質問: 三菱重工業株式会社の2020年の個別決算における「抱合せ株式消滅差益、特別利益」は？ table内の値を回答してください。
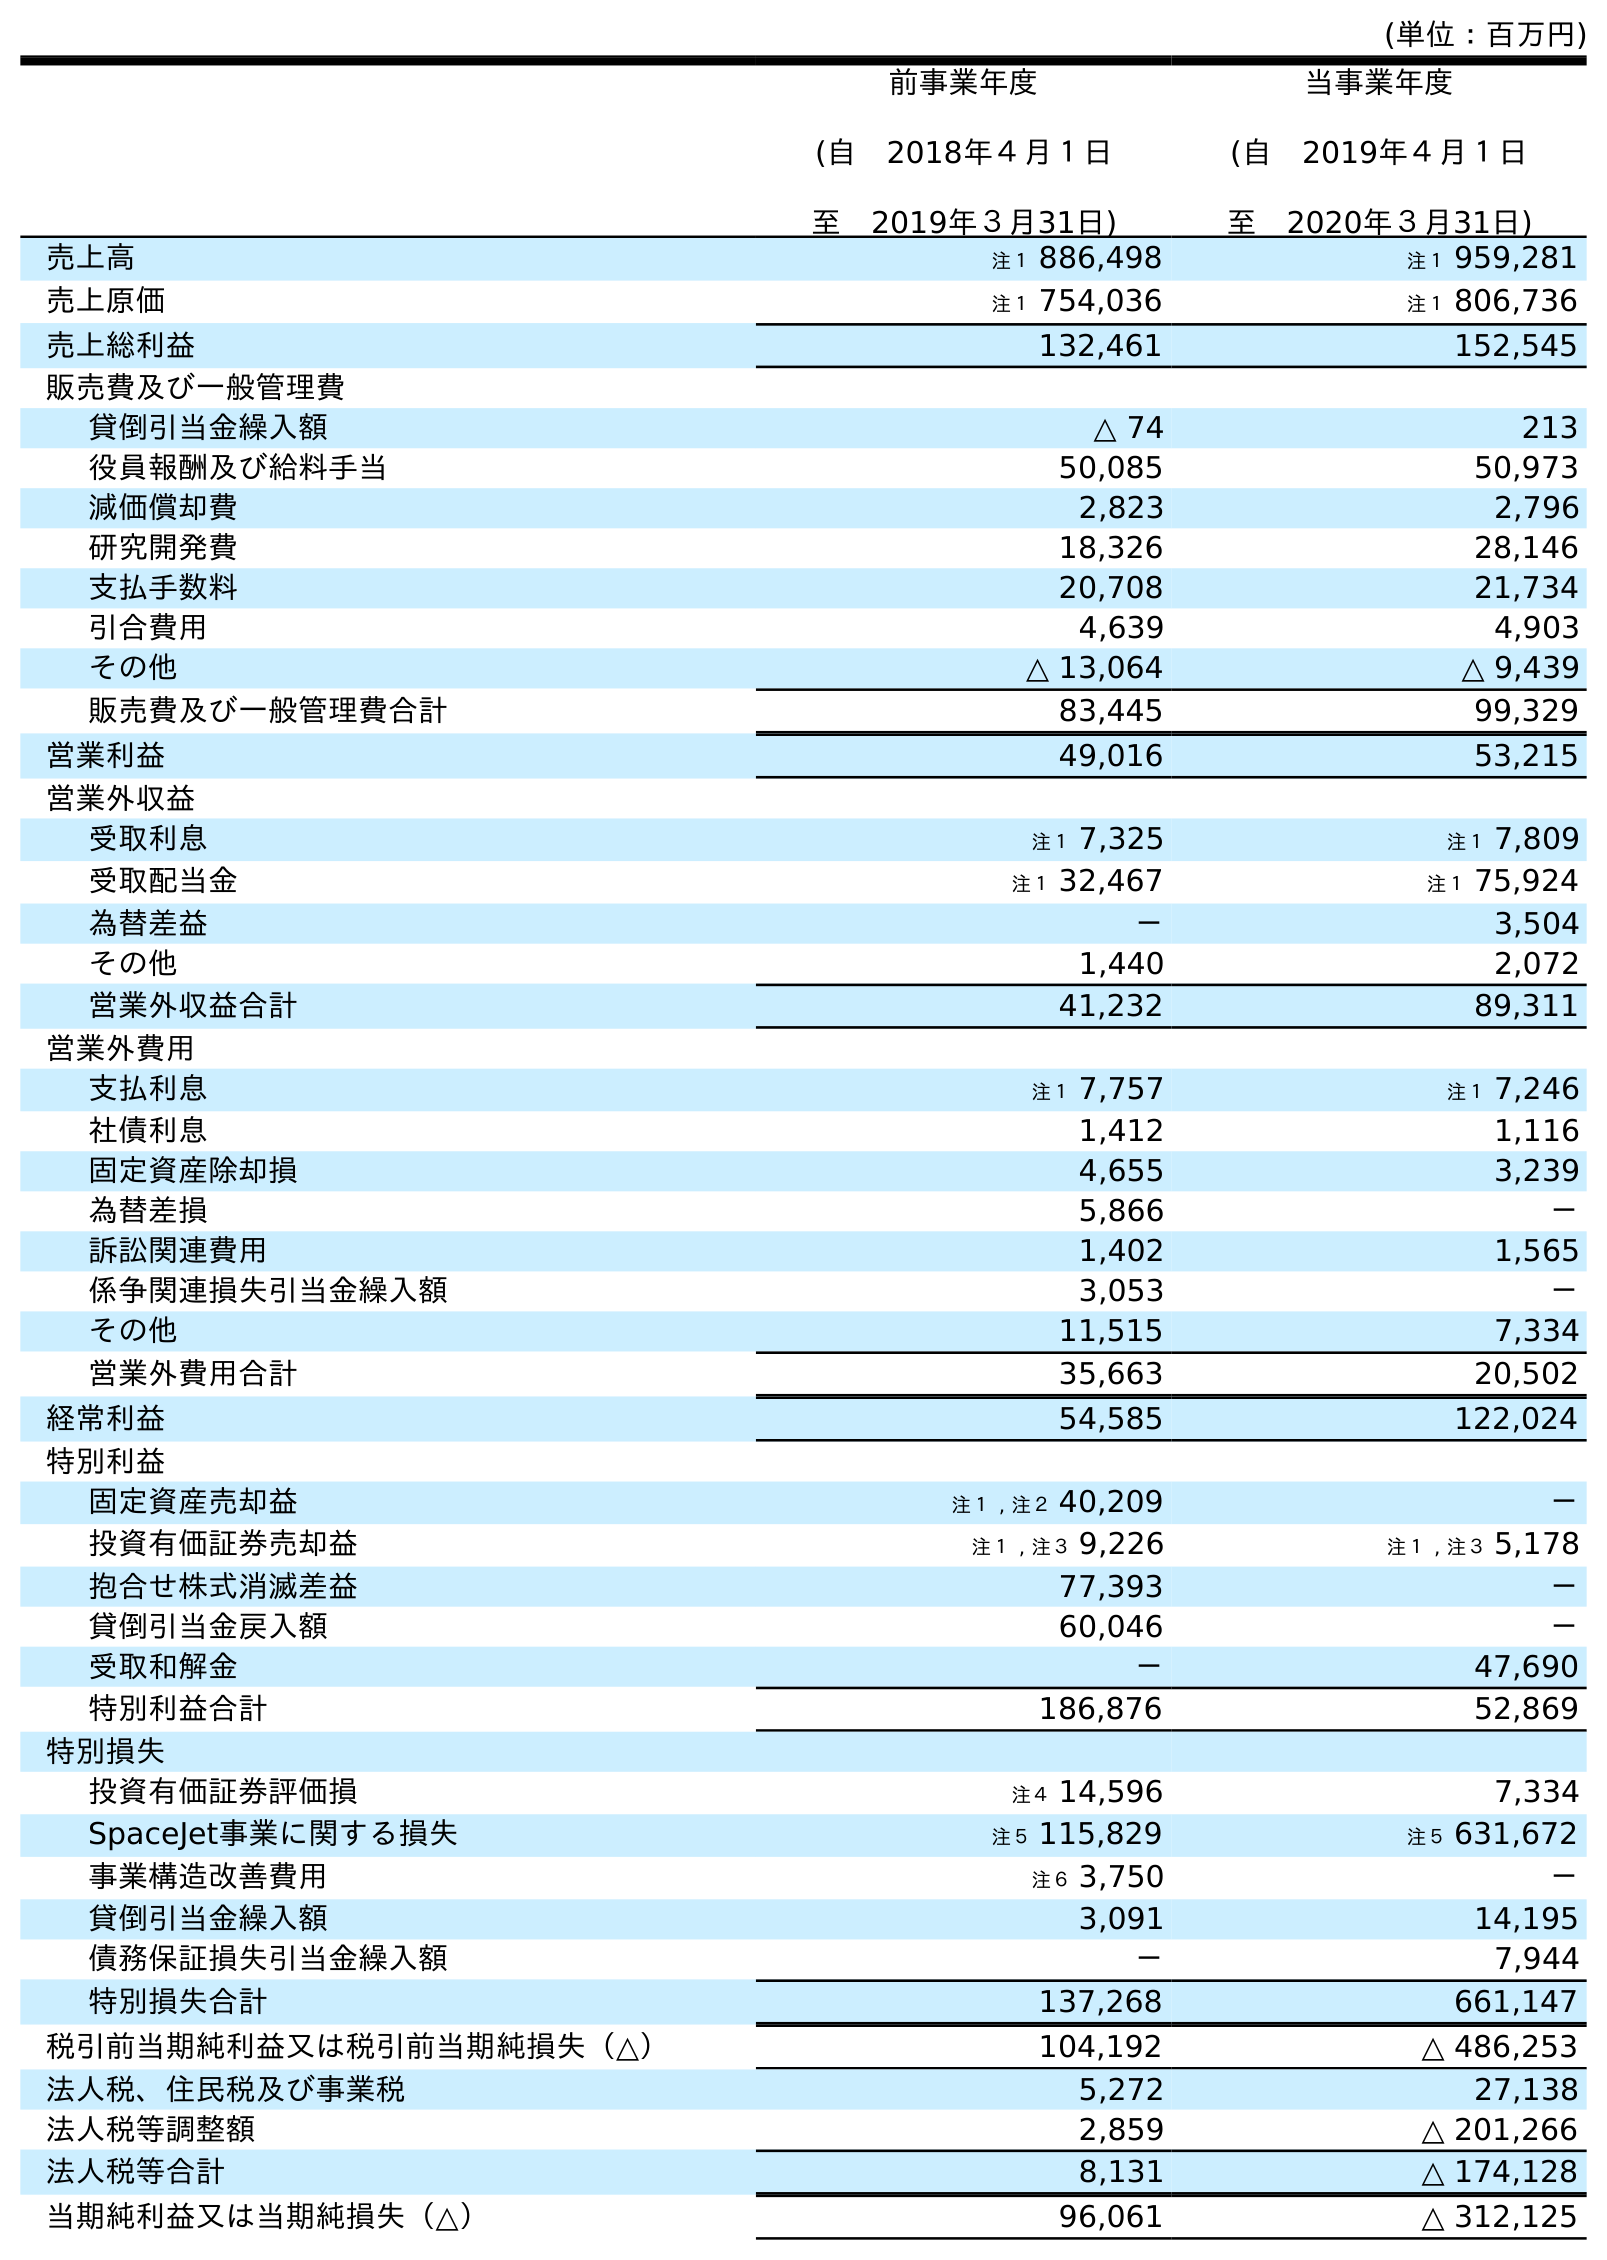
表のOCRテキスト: (単位：百万円) 前事業年度 (自 2018年４月１日 至 2019年３月31日) 当事業年度 (自 2019年４月１日 至 2020年３月31日) 売上高 注１ 886,498 注１ 959,281 売上原価 注１ 754,036 注１ 806,736 売上総利益 132,461 152,545 販売費及び一般管理費 貸倒引当金繰入額 △ 74 213 役員報酬及び給料手当 50,085 50,973 減価償却費 2,823 2,796 研究開発費 18,326 28,146 支払手数料 20,708 21,734 引合費用 4,639 4,903 その他 △ 13,064 △ 9,439 販売費及び一般管理費合計 83,445 99,329 営業利益 49,016 53,215 営業外収益 受取利息 注１ 7,325 注１ 7,809 受取配当金 注１ 32,467 注１ 75,924 為替差益 － 3,504 その他 1,440 2,072 営業外収益合計 41,232 89,311 営業外費用 支払利息 注１ 7,757 注１ 7,246 社債利息 1,412 1,116 固定資産除却損 4,655 3,239 為替差損 5,866 － 訴訟関連費用 1,402 1,565 係争関連損失引当金繰入額 3,053 － その他 11,515 7,334 営業外費用合計 35,663 20,502 経常利益 54,585 122,024 特別利益 固定資産売却益 注１ , 注２ 40,209 － 投資有価証券売却益 注１ , 注３ 9,226 注１ , 注３ 5,178 抱合せ株式消滅差益 77,393 － 貸倒引当金戻入額 60,046 － 受取和解金 － 47,690 特別利益合計 186,876 52,869 特別損失 投資有価証券評価損 注４ 14,596 7,334 SpaceJet事業に関する損失 注５ 115,829 注５ 631,672 事業構造改善費用 注６ 3,750 － 貸倒引当金繰入額 3,091 14,195 債務保証損失引当金繰入額 － 7,944 特別損失合計 137,268 661,147 税引前当期純利益又は税引前当期純損失（△） 104,192 △ 486,253 法人税、住民税及び事業税 5,272 27,138 法人税等調整額 2,859 △ 201,266 法人税等合計 8,131 △ 174,128 当期純利益又は当期純損失（△） 96,061 △ 312,125
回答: －